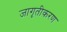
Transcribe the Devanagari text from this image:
जागृतीकरण